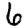
Digit: 6